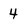
Character: 4